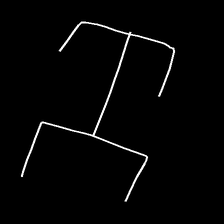
Glyph: entwine